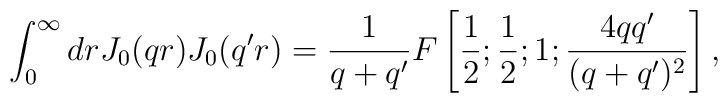
\int_0^{\infty}dr J_0(qr)J_0(q'r)=\frac1{q+q'} F\left[\frac1{2};\frac1{2};1;\frac{4qq'}{(q+q')^2}\right],